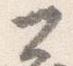
公